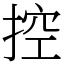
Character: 控